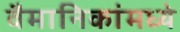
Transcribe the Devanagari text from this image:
वैमानिकांमध्ये